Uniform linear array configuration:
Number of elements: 16
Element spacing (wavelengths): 0.5
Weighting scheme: cosine
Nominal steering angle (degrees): -15
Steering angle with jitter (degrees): -15.432
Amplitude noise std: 0.05
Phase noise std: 0.05

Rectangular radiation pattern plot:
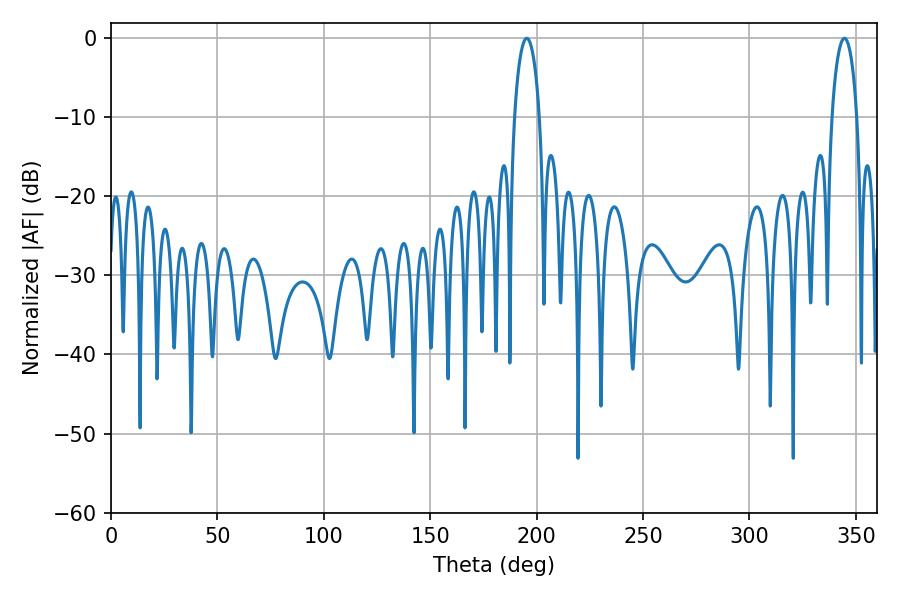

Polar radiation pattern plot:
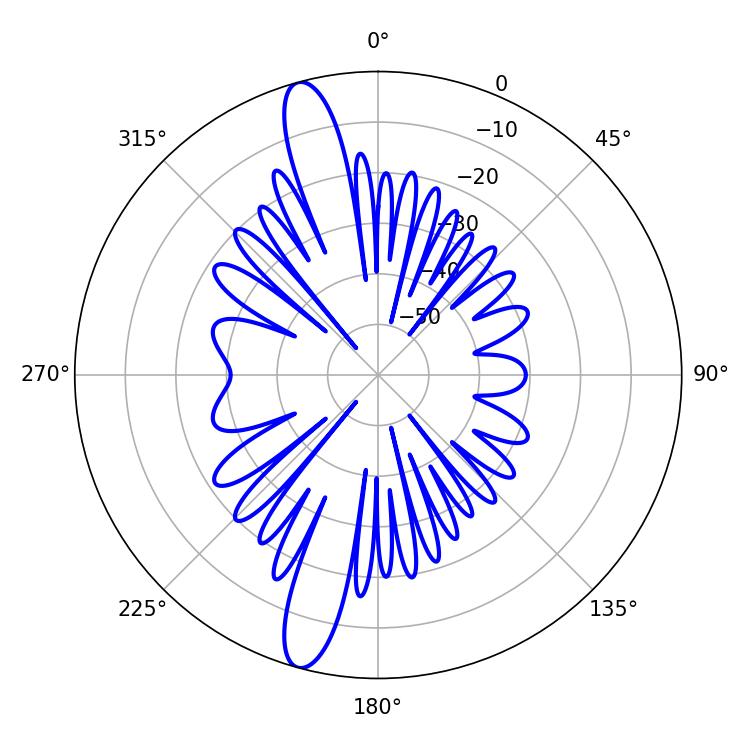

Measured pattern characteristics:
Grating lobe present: FALSE
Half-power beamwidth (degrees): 6.66
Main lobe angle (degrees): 195.3